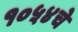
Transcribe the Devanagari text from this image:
१०५४चे